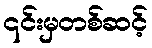
၎င်းမှတစ်ဆင့်